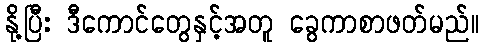
နို့ပြီး ဒီကောင်တွေနှင့်အတူ ခွေကာစာဖတ်မည်။